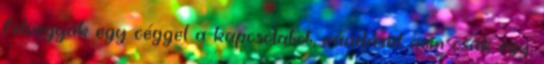
felvegyük egy céggel a kapcsolatot, ráadásul nem csak egy,